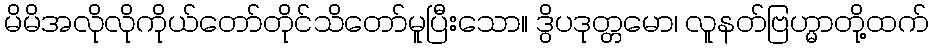
မိမိအလိုလိုကိုယ်တော်တိုင်သိတော်မူပြီးသော။ ဒွိပဒုတ္တမော၊ လူနတ်ဗြဟ္မာတို့ထက်